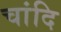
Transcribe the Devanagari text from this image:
चांदि